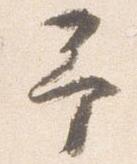
予